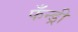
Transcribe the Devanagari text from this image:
फँन्ड्री